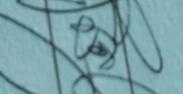
Signature authenticity: forged